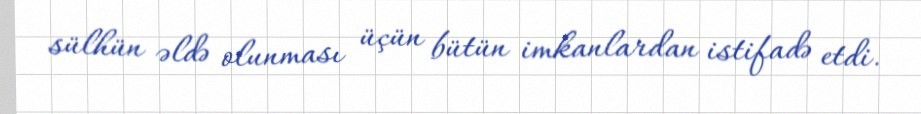
sülhün əldə olunması üçün bütün imkanlardan istifadə etdi.